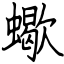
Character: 蠍